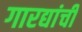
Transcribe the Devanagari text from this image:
गारद्यांची